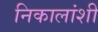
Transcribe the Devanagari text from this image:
निकालांशी